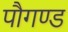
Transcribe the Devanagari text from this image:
पौगण्ड